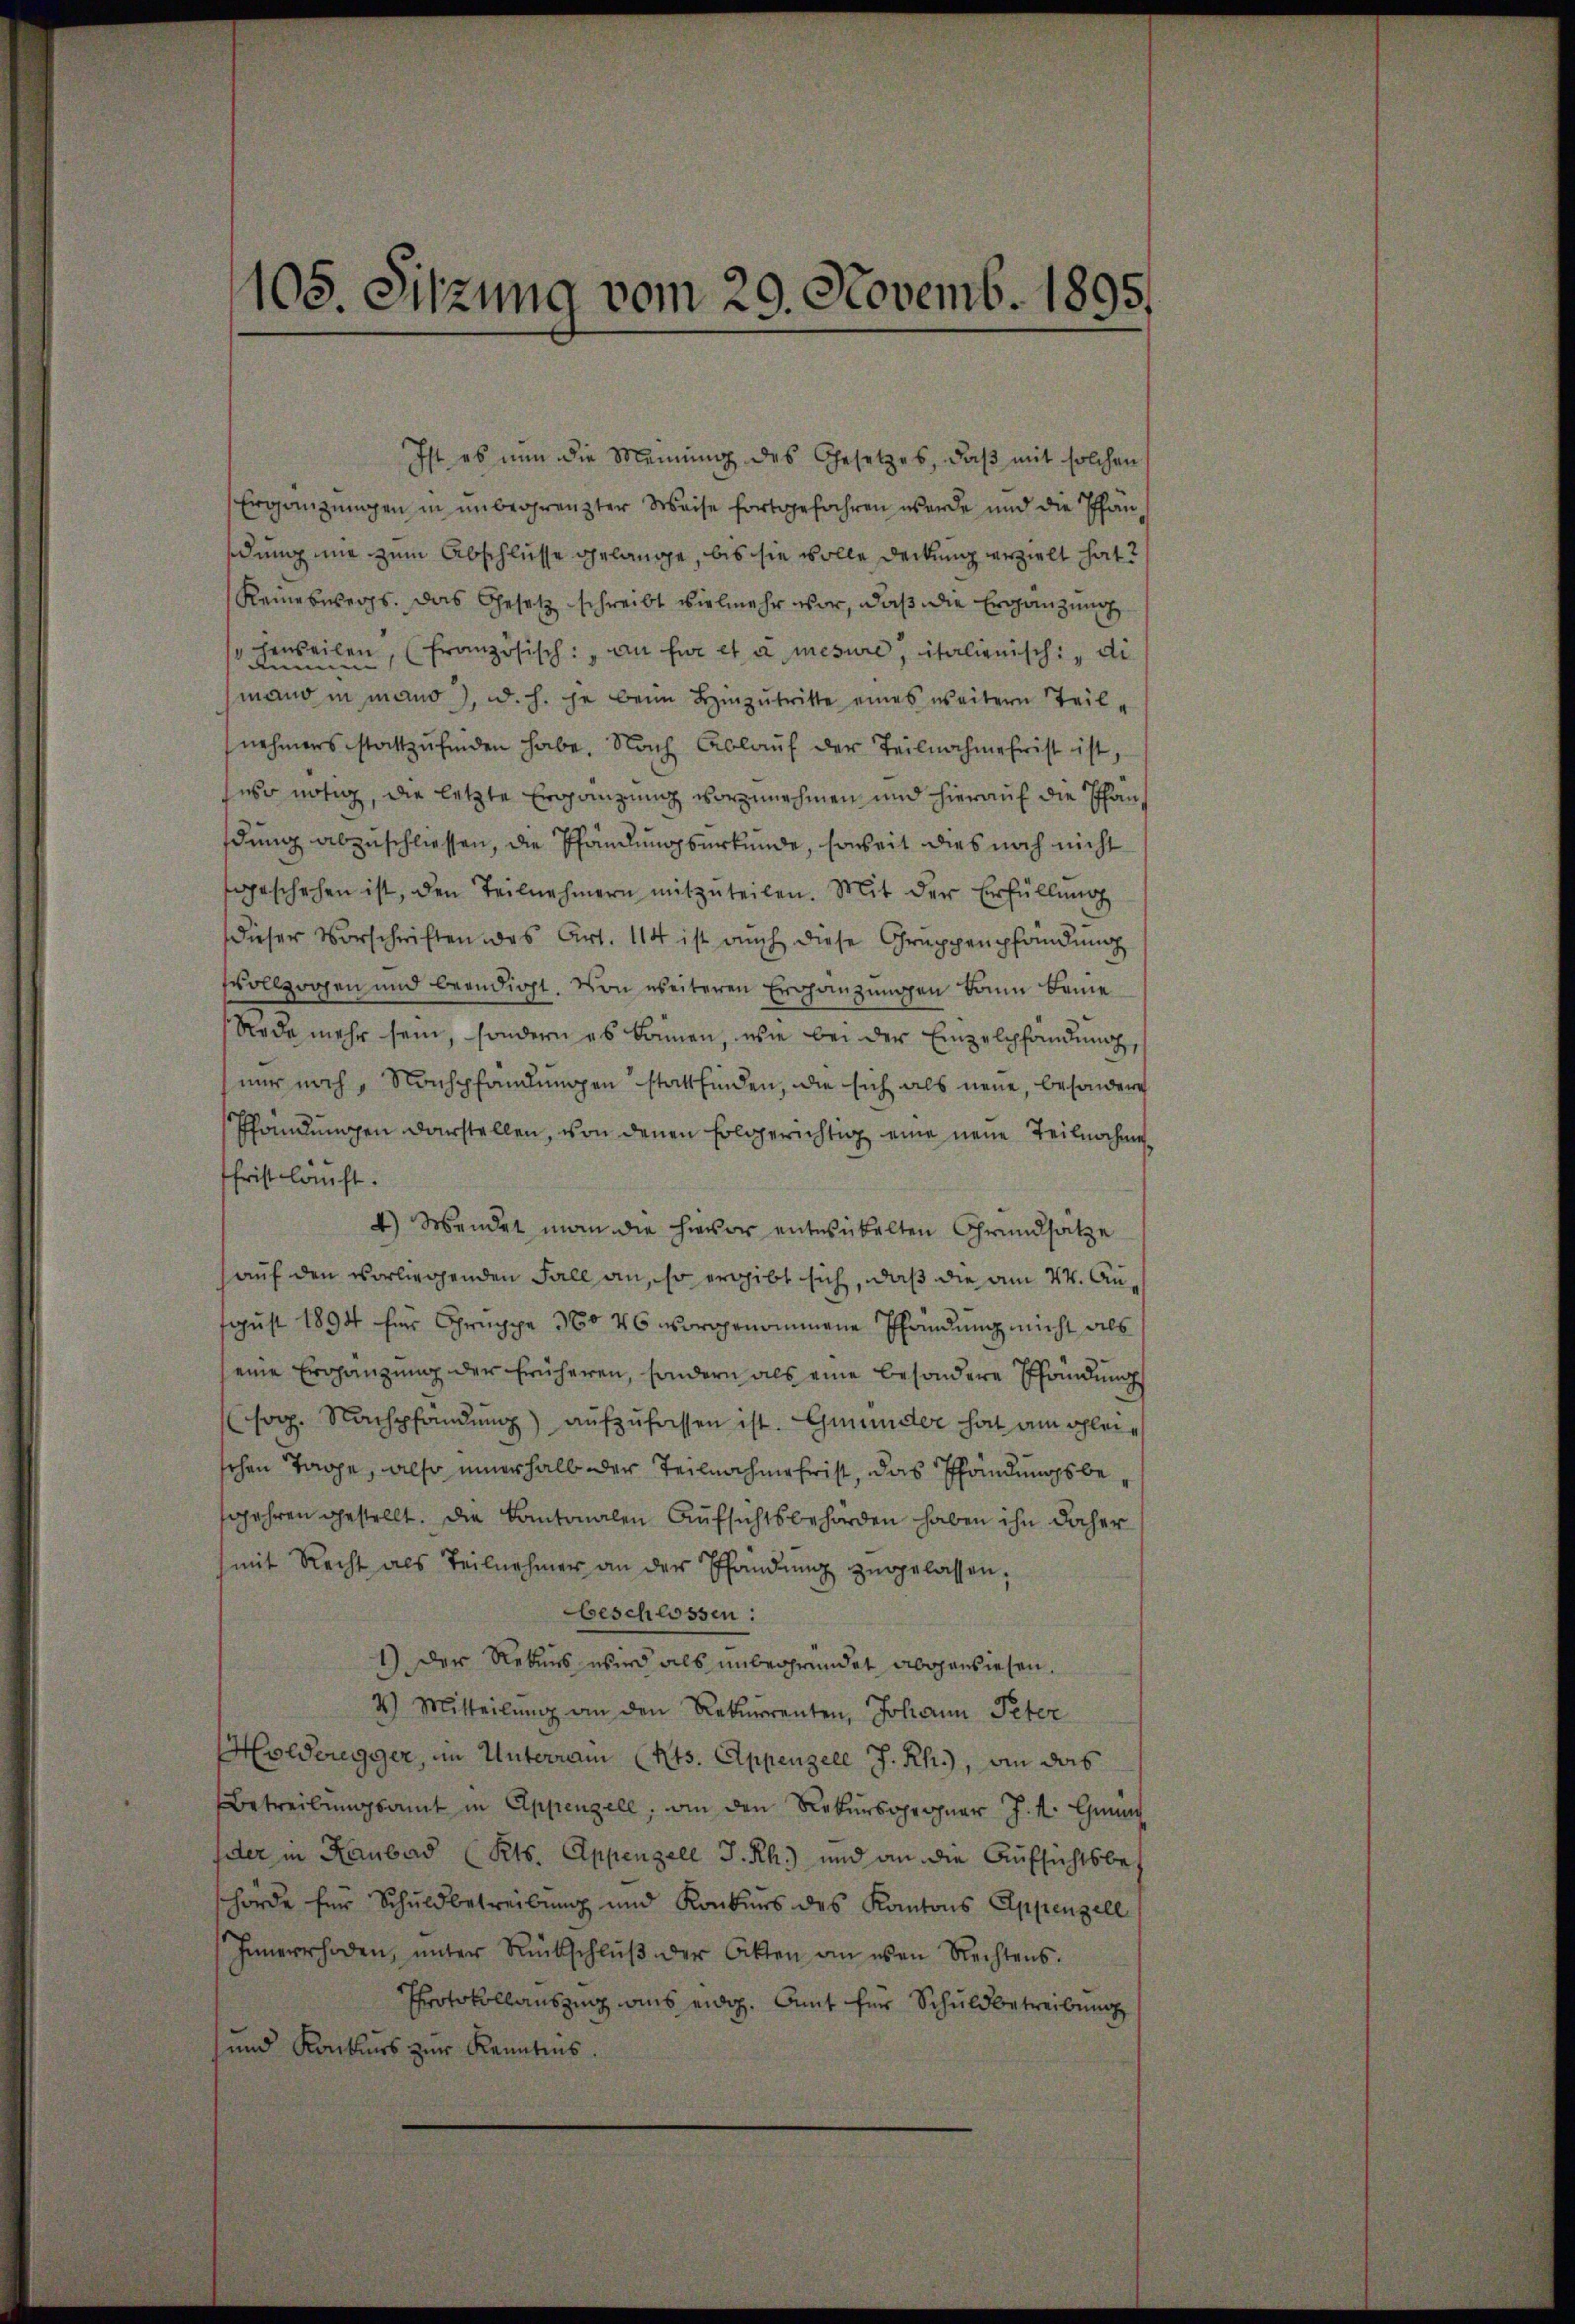
105. Sitzung vom 20. Novemb. 1895.

Ergänzungen in unbegrenzter Weise fortgefahren werde und die Pfändung mir zum Abschlüsse gelange, bis sie wolle Deckung erzielt hat?
Keineswegs. Das Gesetz schreibt vielmehr war, daß die Ergänzung
censeilen, (französisch: an für et a mesure, italienisch, di
mand in mano, d. h. je beim Hinzŭtritte eines weitern Teil-
nehmens stattzufinden habe. Nach Ablauf der Teilnahme frist ist,
seso nötig, die letzte Ergänzung vorzunehmen und hierauf die Phandung abzuschliessen, die Pfandlungsurkunde, soweit dies noch nicht
geschehen ist, den Teilnehmern mitzŭteilen. Mit der Erfüllŭng
dieser Vorschriften des Art. 114 ist auch diese Gruppempfändung
svollzogen und beendigt. Von weiteren Ergänzungen kann keine
Rede mehr sein, sondern es können, wie bei der Einzelpfändung,
nur noch, Nachpfandungen stattfinden, die sich als neue, besondere
Pfändungen darstellen, von denen folgerichtig eine neue Teilnahmefrist lauft.
4) Wendet man die hievor entwickelten Grundsätze
auf den vorliegenden Fall an, so ergibt sich, daß die am 24. August 1894 für Gruppe 360 46 vorgenommene Pfändung nicht als
seine Ergänzung der früheren, sondern als eine besondere Pfändung
(sog. Nachpfändung) aufzufassen ist. Grunder hat am Schleischen Tage, also innerhalb der Teilnahmehrist, das Pfändungsbesjahren gestellt. Die Kantonalen Aufsichtsbehörden haben ihn daher
mit Recht als Teilnehmer an der Pfandŭng zugelassen,
beschlossen:
1) Der Rekurs wird als unbegründet abgewiesen.
4.) Mitteilŭng an den Rekurrenten, Johann Peter
Holderegger, im Unterram (Kts. Appenzele J. Rh., an das
Betreibungsamt in Appenzell, an den Rekursgegner J. M. Grun
dder in Raubad (Kts. Appenzell I.Rh.) und an die Aufsichtsbehörde für Schuldbetreibung und Konkurs des Kantons Appenzell
Innerrhoden, ŭnter Rückschlŭβ der Akten an den Rechtens.
Protokollauszug aus eidg. Amt für Schuldbetreibung
und Konkurs zur Kenntnis.

Ist es nun die Meinung des Gesetzes, daß mit solchen